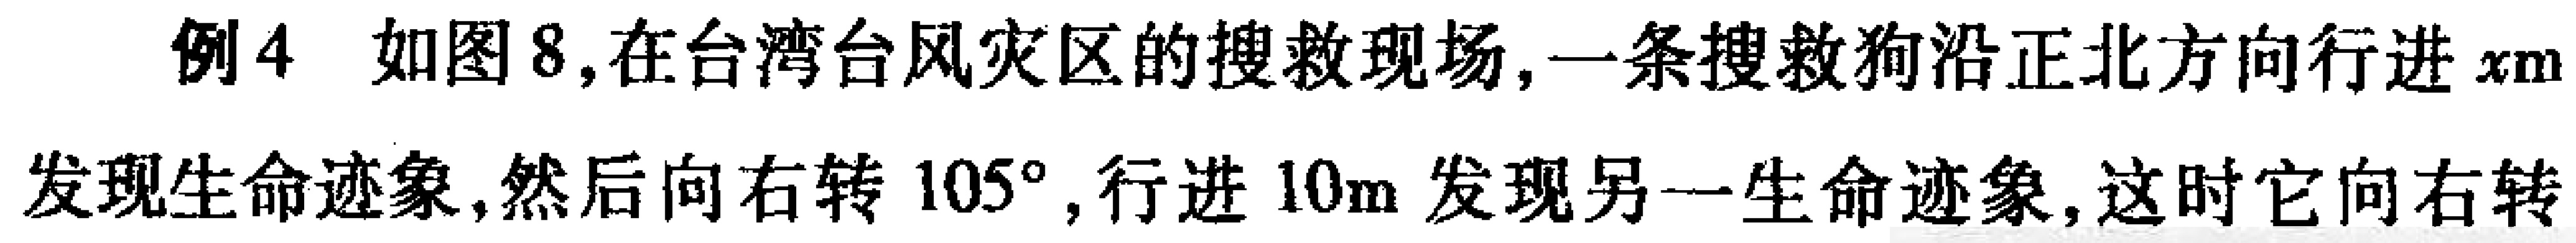
例4 如图8,在台湾台风灾区的搜救现场,一条搜救狗沿正北方向行进\(x\mathrm{m}\)发现生命迹象,然后向右转\(105^{\circ}\),行进\(10\mathrm{m}\)发现另一生命迹象,这时它向右转